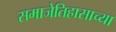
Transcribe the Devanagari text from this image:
समाजेतिहासाच्या